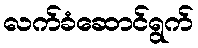
လက်ခံဆောင်ရွက်